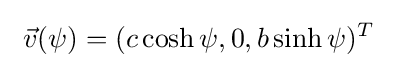
\ {\vec {v}}(\psi )=(c\cosh \psi ,0,b\sinh \psi )^{T}\